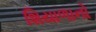
શિયાળાનો